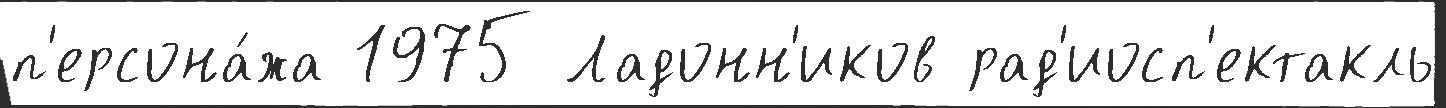
п'ерсона́жа 1975 Ладонн'иков рад'иосп'ектакль